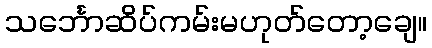
သင်္ဘောဆိပ်ကမ်းမဟုတ်တော့ချေ။